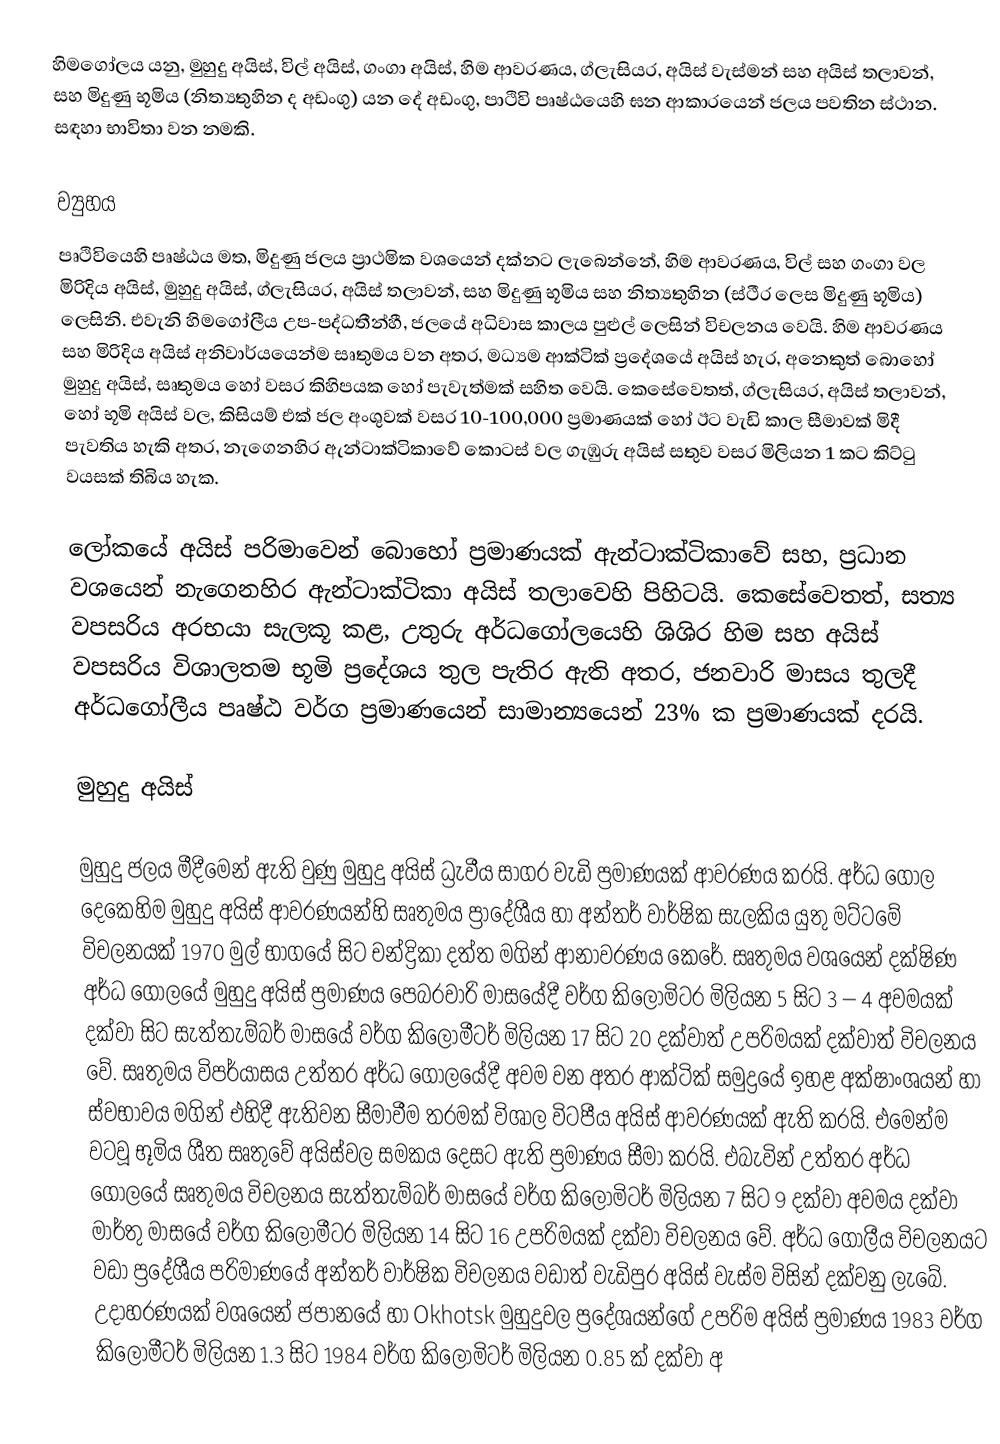
හිමගෝලය  යනු,   මුහුදු අයිස්, විල් අයිස්, ගංගා අයිස්, හිම ආවරණය, ග්ලැසියර, අයිස් වැස්මන් සහ අයිස් තලාවන්,  සහ මිදුණු භූමිය  (නිත්‍යතුහින ද අඩංගු) යන දේ අඩංගු,  පාථිවි පෘෂ්ඨයෙහි ඝන ආකාරයෙන් ජලය පවතින ස්ථාන. සඳහා භාවිතා වන නමකි.

ව්‍යුහය
පෘථිවියෙහි පෘෂ්ඨය මත, මිදුණු ජලය ප්‍රාථමික වශයෙන් දක්නට ලැබෙන්නේ,  හිම ආවරණය, විල් සහ ගංගා වල මිරිදිය අයිස්, මුහුදු අයිස්, ග්ලැසියර, අයිස් තලාවන්, සහ  මිදුණු භූමිය සහ නිත්‍යතුහින (ස්ථීර ලෙස මිදුණු භූමිය) ලෙසිනි. එවැනි හිමගෝලීය උප-පද්ධතීන්හී,  ජලයේ අධිවාස කාලය පුළුල් ලෙසින් විචලනය වෙයි. හිම ආවරණය සහ මිරිදිය අයිස් අනිවාර්යයෙන්ම  සෘතුමය වන අතර, මධ්‍යම ආක්ටික් ප්‍රදේශයේ අයිස් හැර, අනෙකුත් බොහෝ මුහුදු අයිස්, සෘතුමය හෝ වසර කිහිපයක හෝ පැවැත්මක් සහිත වෙයි. කෙසේවෙතත්, ග්ලැසියර, අයිස් තලාවන්, හෝ භූමි අයිස් වල,  කිසියම් එක් ජල අංශුවක් වසර 10-100,000 ප්‍රමාණයක් හෝ ඊට වැඩි කාල සීමාවක් මිදී පැවතිය හැකි අතර,  නැගෙනහිර ඇන්ටාක්ටිකාවේ කොටස් වල ගැඹුරු අයිස් සතුව වසර මිලියන 1 කට කිට්ටු වයසක් තිබිය හැක.

ලෝකයේ අයිස් පරිමාවෙන් බොහෝ ප්‍රමාණයක් ඇන්ටාක්ටිකාවේ සහ, ප්‍රධාන වශයෙන්    නැගෙනහිර ඇන්ටාක්ටිකා අයිස් තලාවෙහි පිහිටයි. කෙසේවෙතත්, සත්‍ය වපසරිය අරභයා සැලකූ කළ,  උතුරු අර්ධගෝලයෙහි ශිශිර හිම සහ අයිස් වපසරිය විශාලතම භූමි ප්‍රදේශය තුල පැතිර ඇති අතර, ජනවාරි මාසය තුලදී අර්ධගෝලීය පෘෂ්ඨ වර්ග ප්‍රමාණයෙන්  සාමාන්‍යයෙන් 23% ක ප්‍රමාණයක් දරයි.

මුහුදු අයිස්

මුහුදු ජලය මීදීමෙන් ඇති වුණු මුහුදු අයිස් ධ්‍රැවීය සාගර වැඩි ප්‍රම‍ාණයක් ආවරණය කරයි. අර්ධ ගෝල දෙකෙහිම මුහුදු අයිස් ආවරණයන්හි සෘතුමය ප්‍රාදේශීය හා අන්තර් වාර්ෂික සැලකිය යුතු මට්ටමේ විචලනයක් 1970 මුල් භාගයේ සිට චන්ද්‍රිකා දත්ත මගින් ආනාව‍රණය කෙරේ. සෘතුමය වශයෙන් දක්ෂිණ අර්ධ ගෝලයේ මුහුදු අයිස් ප්‍රමාණය පෙබරවාරි මාසයේදී වර්ග කිලෝමිටර මිලියන 5 සිට 3 – 4 අවමයක් දක්වා සිට සැත්තැම්බර් මාසයේ වර්ග කිලෝමීටර් මිලියන 17 සිට 20 දක්වාත් උපරිමයක් දක්වාත් විචලනය වේ. සෘතුමය විපර්යාසය උත්තර අර්ධ ගෝලයේදී අවම වන අතර ආක්ටික් සමුද්‍රයේ ඉහළ අක්ෂාංශයන් හා ස්වභාවය මගින් එහිදී ඇතිවන සීමාවීම තරමක් විශාල විටපීය අයිස් ආවරණයක් ඇති කරයි. එමෙන්ම වටවූ භූමිය ශීත සෘතුවේ අයිස්වල සමකය දෙසට ඇති ප්‍රමාණය සීමා කරයි. එබැවින් උත්තර අර්ධ ගෝලයේ සෘතුමය විචලනය සැත්තැම්බර් මාසයේ වර්ග කිලෝමිටර් මිලියන  7 සිට 9 දක්වා අවමය දක්වා මාර්තු මාසයේ වර්ග කිලෝමීටර මිලියන 14 සිට 16 උපරිමයක් දක්වා විචලනය වේ. අර්ධ ගෝලීය විචලනයට වඩා ප්‍රදේශීය පරිමාණයේ අන්තර් වාර්ෂික විචලනය වඩාත් වැඩිපුර අයිස් වැස්ම විසින් දක්වනු ලැබේ. උදාහරණයක් වශයෙන් ජපානයේ හා Okhotsk මුහුදුවල ප්‍රදේශයන්ගේ උපරිම අයිස් ප්‍රමාණය 1983 වර්ග කිලෝමීටර් මිලියන 1.3 සිට 1984 වර්ග කිලෝමිටර් මිලියන 0.85 ක් දක්වා අ